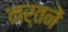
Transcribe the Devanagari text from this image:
नर्तनें